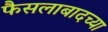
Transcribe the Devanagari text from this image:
फैसलाबादच्या